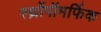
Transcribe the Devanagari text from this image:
स्थ्रोंपॉमर्फिक